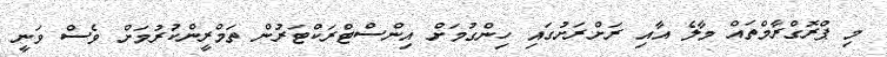
މި ޕްރޮގްރާމްތައް މާލެ އާއި ރަށްރަށުގައި ހިންގުމަށް އިންސްޓްރަކްޓަރުން ތަމްރީންކުރުމަށް ވެސް ވަނީ